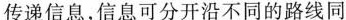
递信息，信息可分开沿不同的路线同图